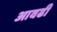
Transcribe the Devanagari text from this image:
आवढी